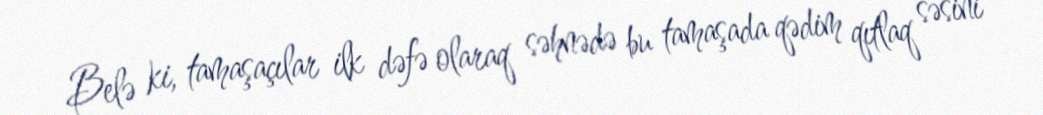
Belə ki, tamaşaçılar ilk dəfə olaraq səhnədə bu tamaşada qədim qıtlaq səsini